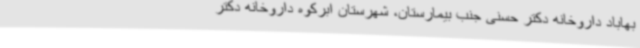
بهاباد داروخانه دکتر حسنی جنب بیمارستان، شهرستان ابرکوه داروخانه دکتر